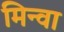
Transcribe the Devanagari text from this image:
मिन्वा